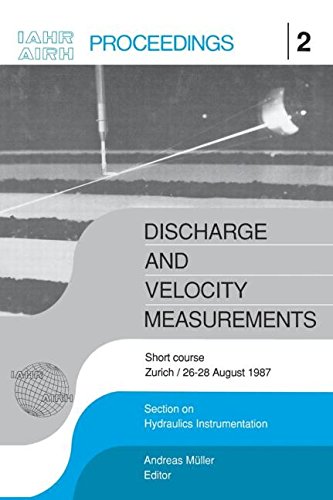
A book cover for Discharge and Velocity Measurements: Proceedings of a short course, ZÃ¼rich, 26-27 August 1987; Science & Math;